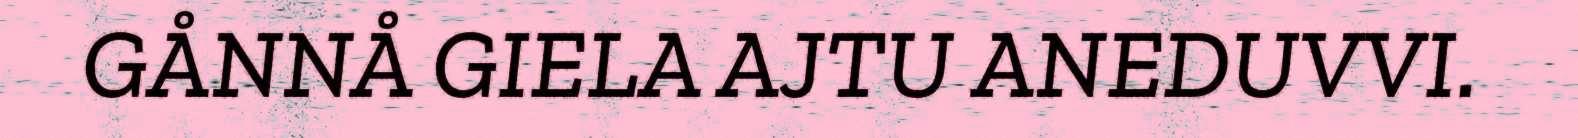
GÅNNÅ GIELA AJTU ANEDUVVI.